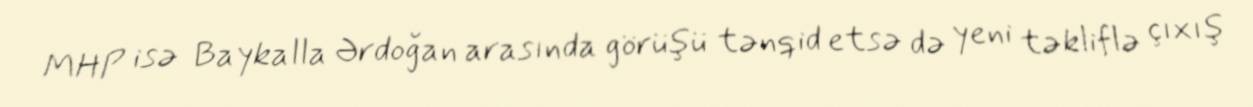
MHP isə Baykalla Ərdoğan arasında görüşü tənqid etsə də yeni təkliflə çıxış